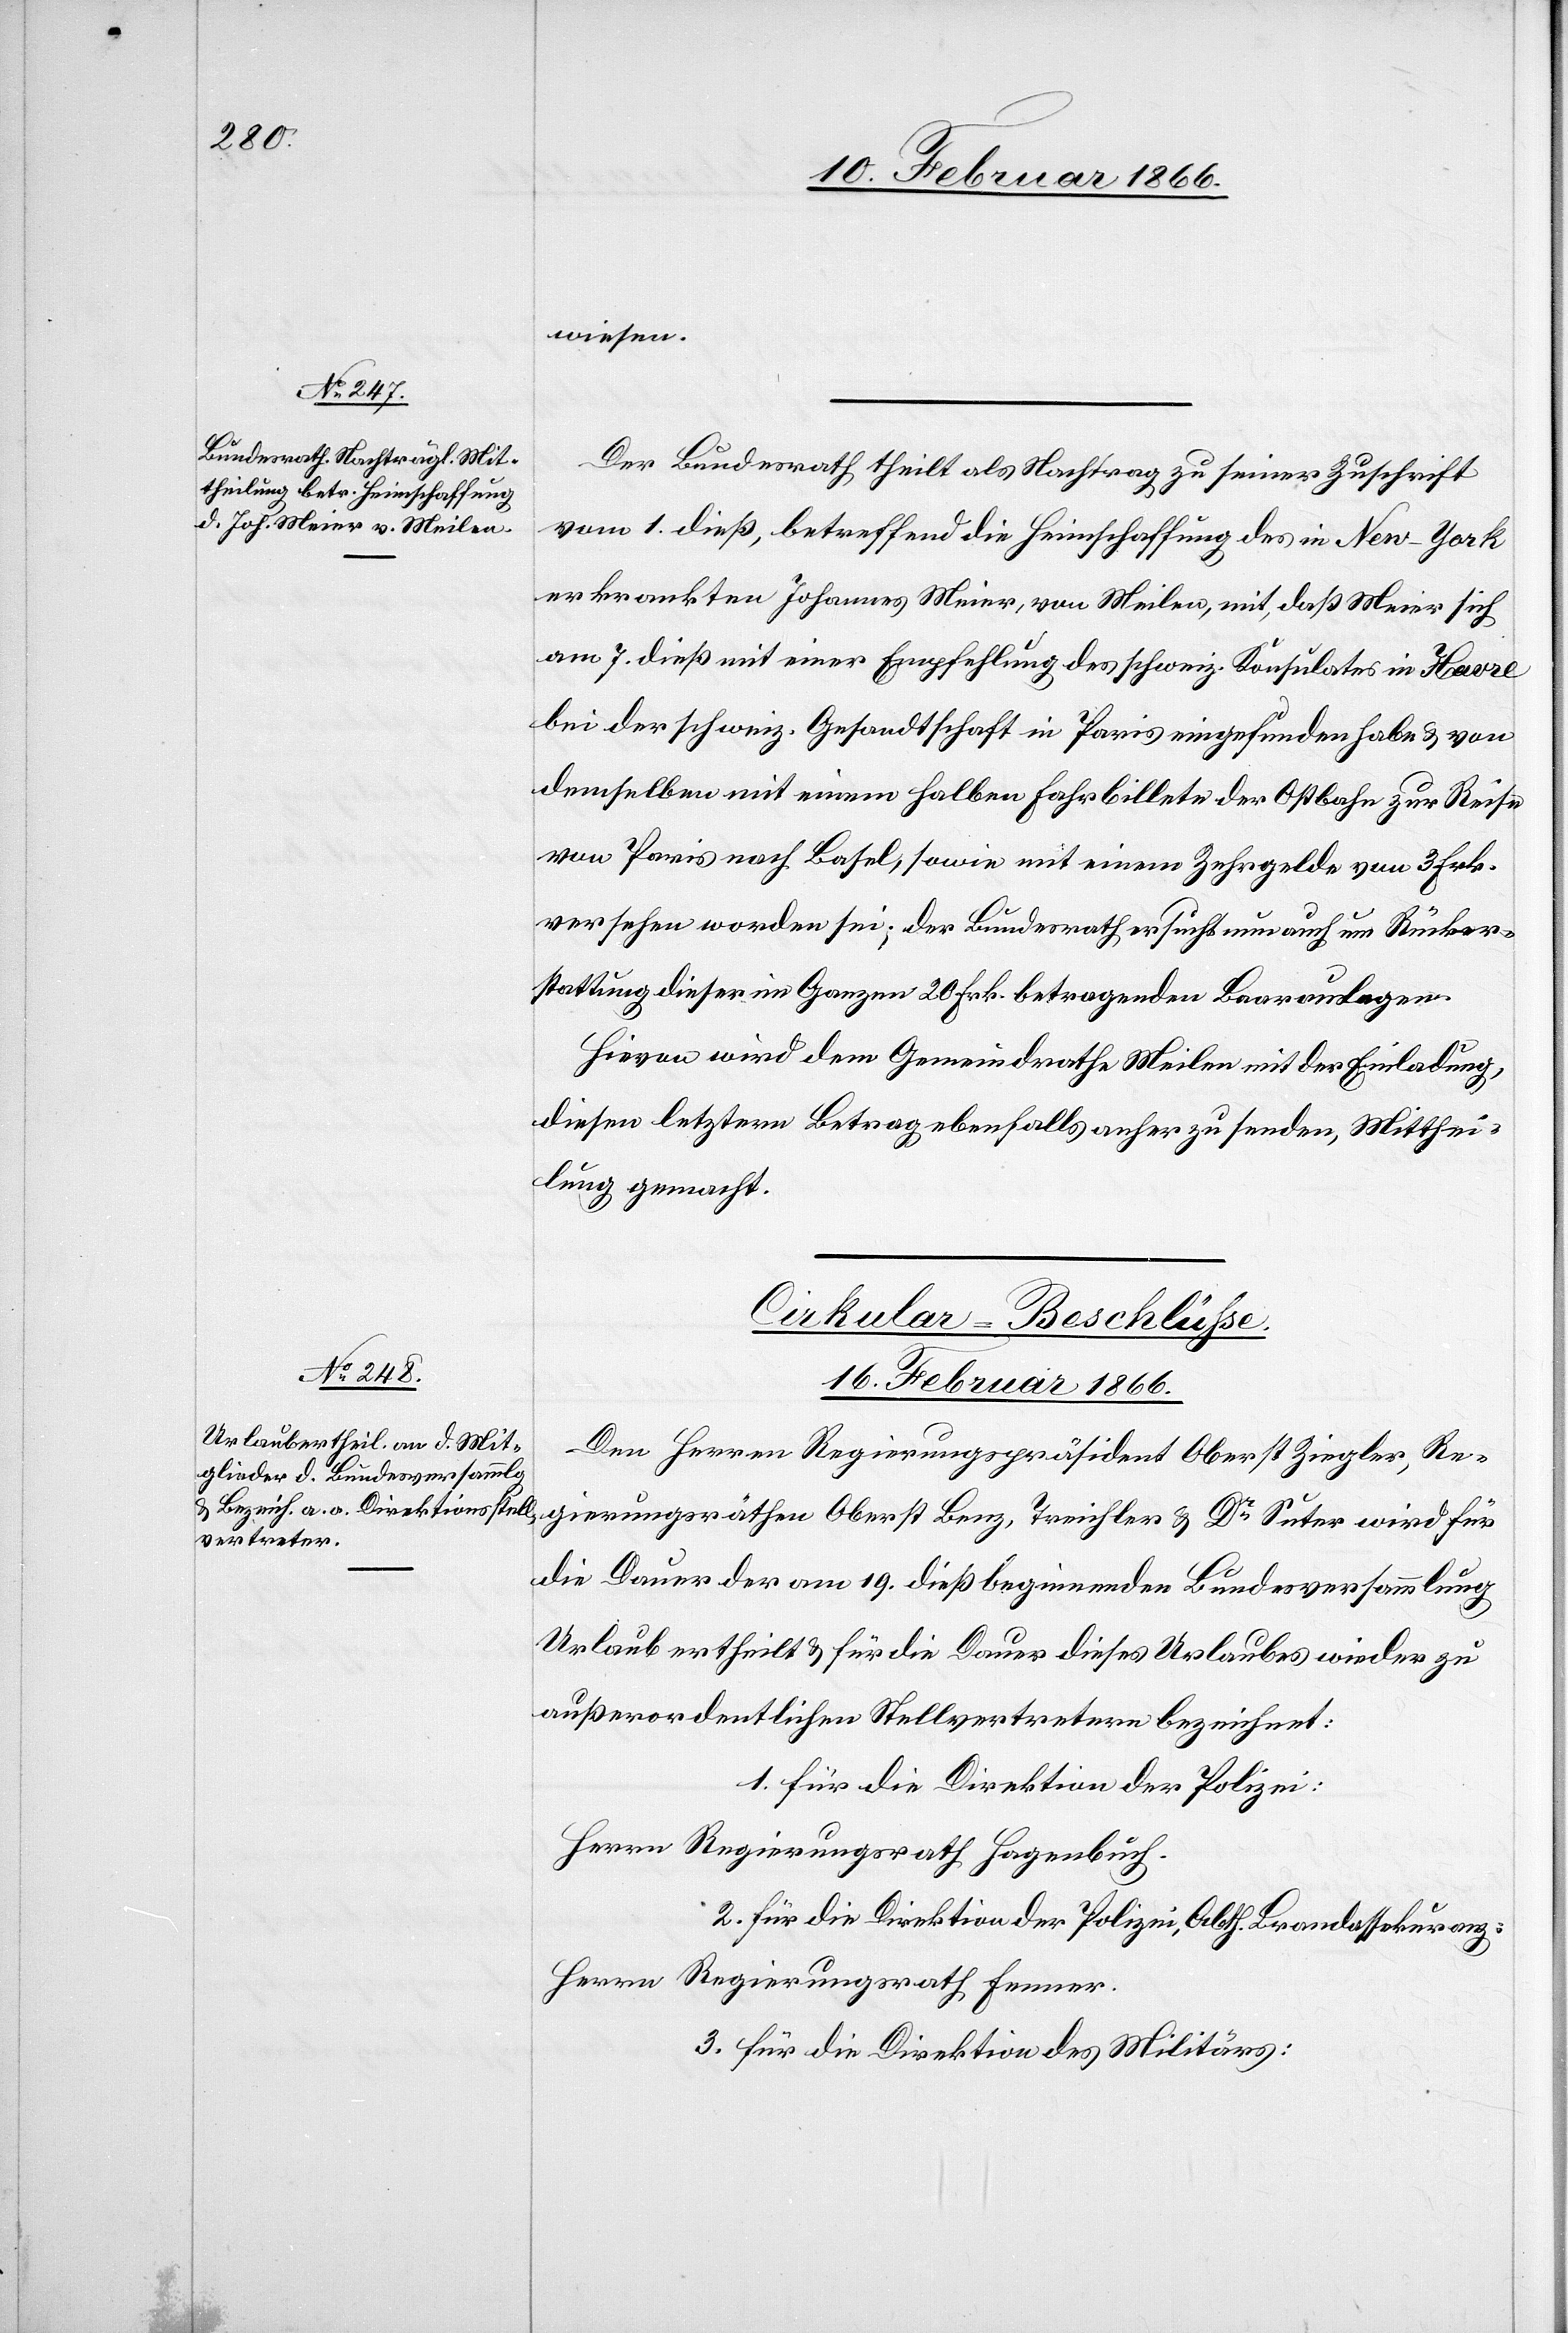
15. Februar 1866.]
wiesen.
Der Bundesrath theilt als Nachtrag zu seiner Zuschrift
vom 1. dieß, betreffend die Heimschaffung des in New-York
erkrankten Johannes Meier, von Meilen, mit, daß Meier sich
am 7. dieß. mit einer Empfehlung in des schweiz. Konsulates in Havre
bei der schweiz. Gesandtschaft in Paris eingefunden habe u. von
demselben mit einem halben Fahrbillete der Ostbahn zur Reise
von Paris nach Basel, sowie mit einem Zehrgelde von 3 Frk.
versehen worden sei; der Bundesrath ersucht nun um Rücker¬
stattung dieser im Ganzen 20 Frk. betragenden Baarauslagen.
Hievon wird dem Gemeindrathe Meilen mit der Einladung,
diesen letztern Betrag ebenfalls anher zu senden, Mitthei¬
lung gemacht.
Cirkular-Beschlüße.
16. Februar 1866.
Den Herren Regierungspräsidenten Oberst Ziegler, Re¬
gierungsräthen Oberst Benz, Treichler u. Dr. Suter wird für
die Dauer der am 19. dieß beginnenden Bundesversammlung
Urlaub ertheilt u. für die Dauer dieses Urlaubs wieder zu
außerordentlichen Stellvertretern bezeichnet:
1. für die Direktion der Polizei:
Herrn Regierungsrath Hagenbuch.
2. für die Direktion der Polizei, Abth. Brandassekuranz:
Herrn Regierungsrath Fenner.
3. für die Direktion des Militärs: